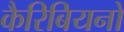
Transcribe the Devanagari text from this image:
कैरिबियनों